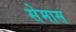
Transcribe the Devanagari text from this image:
सेमास